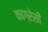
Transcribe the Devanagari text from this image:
काग्रेसी